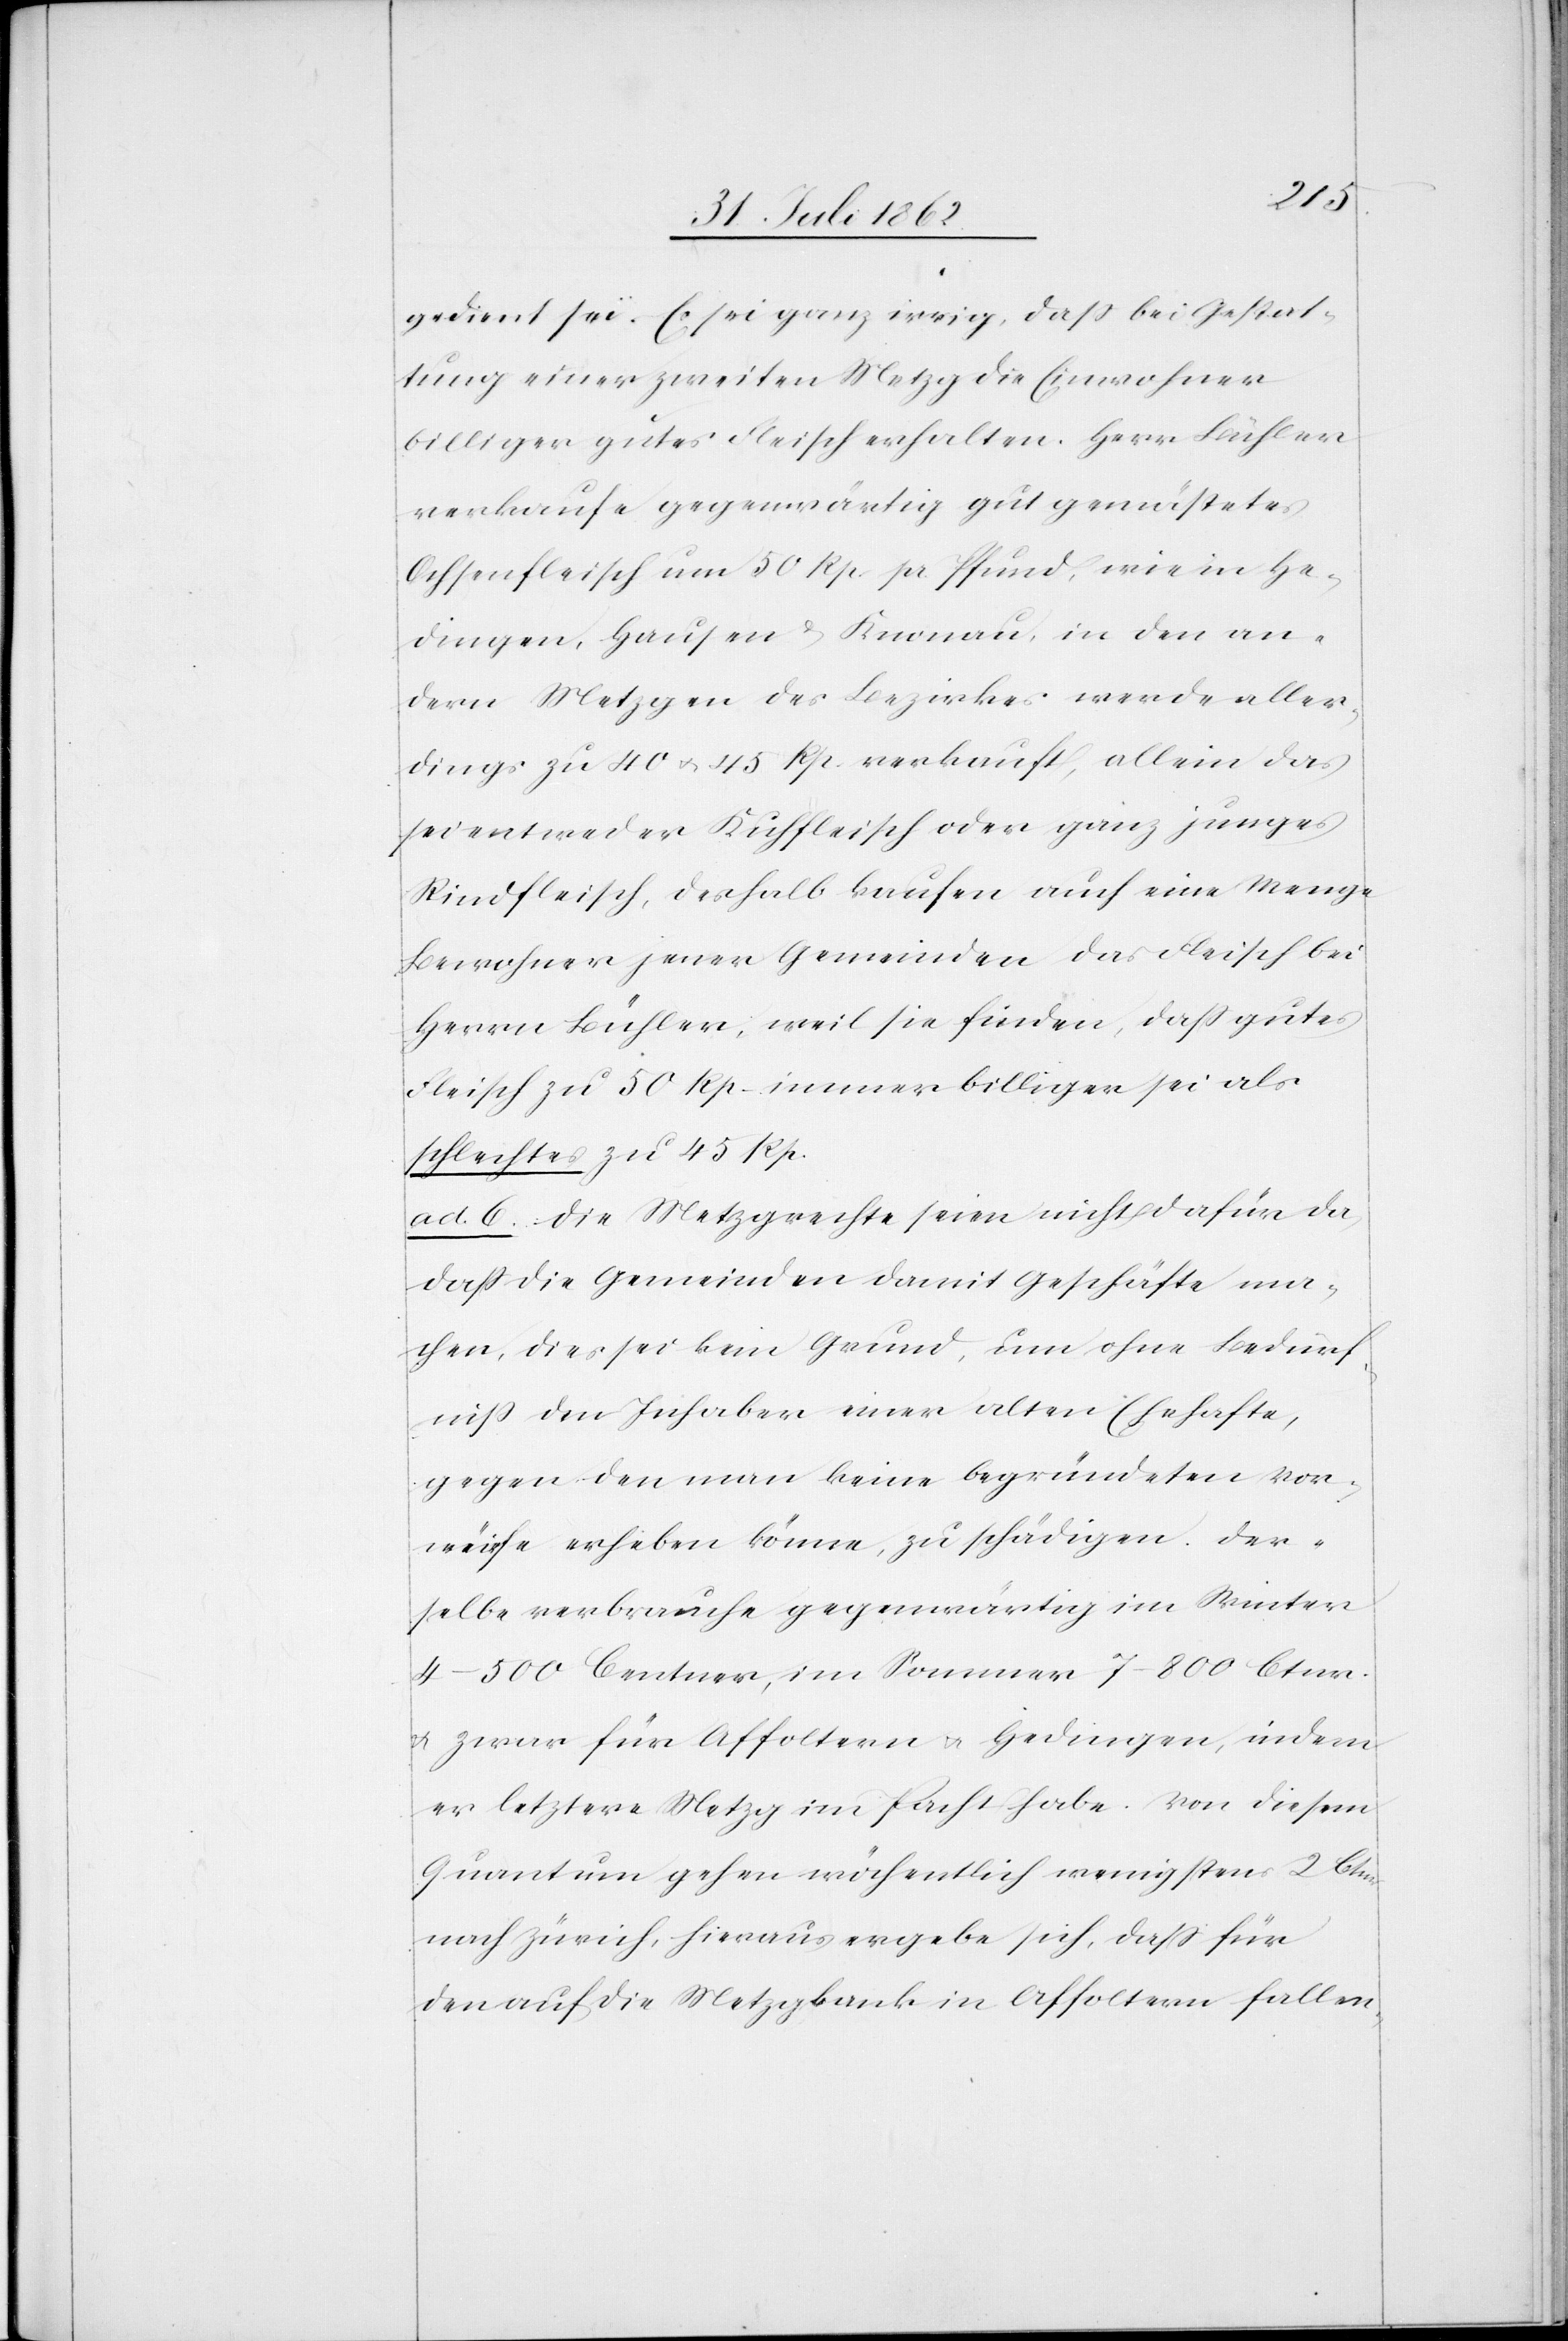
gedient sei. Es sei ganz irrig, daß bei Gestat¬
tung einer zweiten Metzg die Einwohner
billiger gutes Fleisch erhalten. Herr Bühler
verkaufe gegenwärtig gut gemästetes
Ochsenfleisch um 50 Rp. pr. Pfund, wie in He¬
dingen, Hausen u. Knonau, in den an¬
dern Metzgen des Bezirkes werde aller¬
dings zu 40 u. 46 Rp. verkauft, allein das
sei entweder Kuhfleisch oder ganz junges
Rindfleisch, deshalb kaufen auch eine Menge
Bewohner jener Gemeinden das Fleisch bei
Herrn Bühler, weil sie finden, daß gutes
Fleisch zu 50 Rp. immer billiger sei als
schlechtes zu 45 Rp.
ad. 6. Die Metzgrechte seien nicht dafür da,
daß die Gemeinden damit Geschäfte ma¬
chen, dies sei kein Grund, um ohne Bedürf¬
niß dem Inhaber einer alten Ehehafte,
gegen den man keine begründeten Vor¬
würfe erheben könne, zu schädigen. Der¬
selbe verbrauche gegenwärtig im Winter
4–500 Centner, im Sommer 7–800 Ctnr.
u. zwar für Affoltern u. Hedingen, in dem
Quantum gehen wöchentlich wenigstens 2 Ctnr.
nach Zürich, hieraus ergebe sich, daß für
den auf die Metzgbaute in Affoltern fallen-